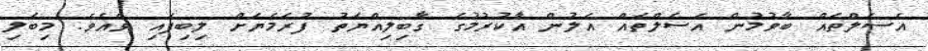
އެސެލްތައް ބާވުމުން އެސެލްތައް އަލުން އާކުރުމުގެ ގާބިލިއްޔަތު ފުރަމެޔަށް ލިބިފައި ވެއެވެ. މިބަލި